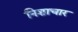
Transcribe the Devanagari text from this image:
निशाचार